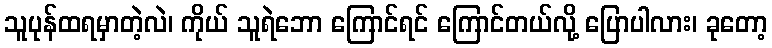
သူပုန်ထရမှာတဲ့လဲ၊ ကိုယ် သူရဲဘော ကြောင်ရင် ကြောင်တယ်လို့ ပြောပါလား၊ ခုတော့